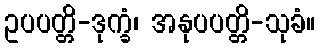
ဥပပတ္တိ-ဒုက္ခံ၊ အနုပပတ္တိ-သုခံ။